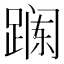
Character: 𲃯